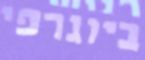
ביוגרפי